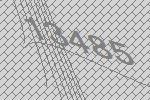
13485